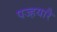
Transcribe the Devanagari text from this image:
पज्हयारै